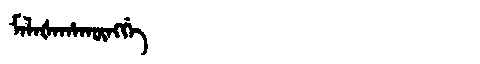
Manchu: ᠮᠠᠯᠠᡧᠠᡥᠠᡴᡡᠩᡤᡝ
Romanization: MALAŠAHAKŪNGGE